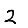
Digit: 2